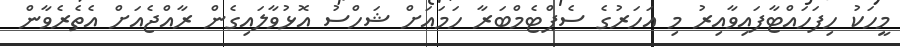
މީހަކު ހިފަހައްޓާފައިވާއިރު މި އަހަރުގެ ސެޕްޓެމްބަރާ ހަމައަށް ޝަހްސު އޮޅުވާލައިގެން ރާއްޖެއަށް އެތެރެވާން